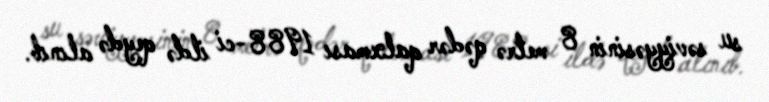
su səviyyəsinin 8 metrə qədər qalxması 1988-ci ildə qeydə alınıb.